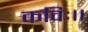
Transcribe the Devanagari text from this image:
कविः।।